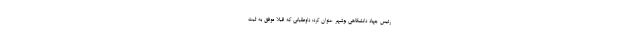
رئیس جهاد دانشگاهی بوشهر عنوان کرد: داوطلبانی که قبلا موفق به ثبت